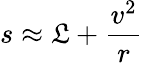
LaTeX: s\approx\mathfrak{L}+{\frac{{v^{2}}}{{r}}}